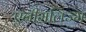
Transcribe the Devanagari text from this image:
एनीमलिज्म